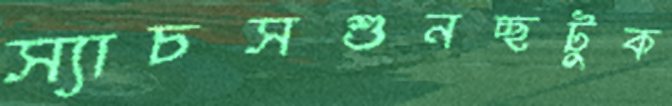
স্যাচসশুনচ্ছটুক